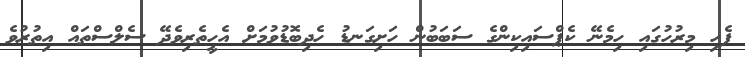
ފެހި މިރުހުގައި ހިމެނޭ ކެޕްސައިކިންގެ ސަބަބުން ހަށިގަނޑު ހެދިބޮޑުވުމަށް އެހީތެރިވެދޭ ސެލްސްތައް އިތުރުވެ